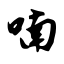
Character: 喃